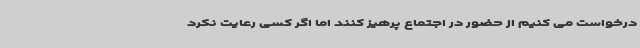
درخواست می کنیم از حضور در اجتماع پرهیز کنند اما اگر کسی رعایت نکرد